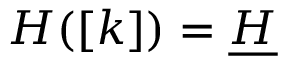
H ( [ k ] ) = \underline { { { H } } }